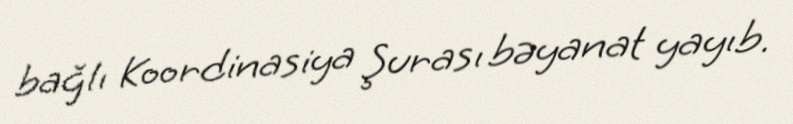
bağlı Koordinasiya Şurası bəyanat yayıb.